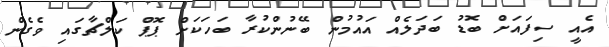
އެއީ ސިފައަށް ބޮޑު ބަދަލެއް އައުމުން ބޭނުންކުރާ ބަހަކަށް ޕޮޕް ކަލްޗާގައި ވެގެން